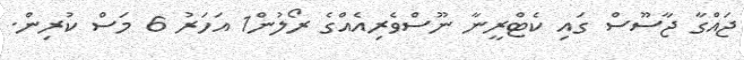
ޖައްގާ ޖާސޫސް ގައި ކެޓްރީނާ ނޫސްވެރިއެއްގެ ރޯލުން1 އަހަރު 6 މަސް ކުރިން.